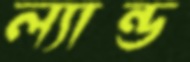
ল্যান্ড